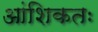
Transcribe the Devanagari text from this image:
आंशिकतः